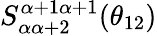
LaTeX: S_{\alpha\alpha+2}^{\alpha+1\alpha+1}(\theta_{12})